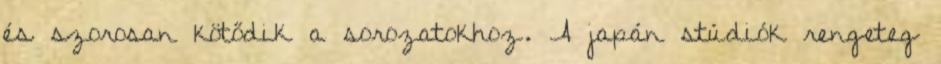
és szorosan kötődik a sorozatokhoz. A japán stúdiók rengeteg